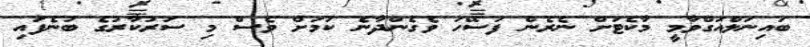
ބައިނަލްއަގްވާމީ މާކެޓަށް ނެރެން ފަސޭހަ ވެގެންދާނެ ކަމަށް ވެސް މި ސަރުކާރުގެ ބުނެފައި